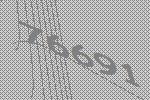
76691